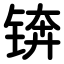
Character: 锛